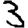
Digit: 3